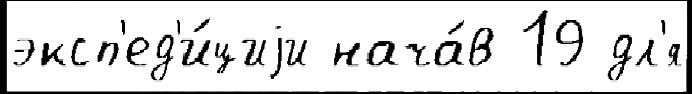
эксп'ед'и́циjи нача́в 19 дл'я